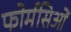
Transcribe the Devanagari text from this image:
फोर्मसिओं